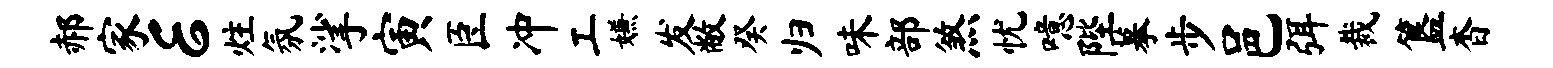
郝家E炷氛挲寅臣冲工嫌发敝癸归味部煞忧噫陛摹步邑弭裁簋杳